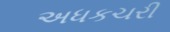
અધકચરી